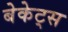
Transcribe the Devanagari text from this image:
बेकेट्स